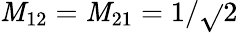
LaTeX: \mathit{M}_{12}=\mathit{M}_{21}=1/\sqrt{}{{2}}